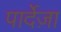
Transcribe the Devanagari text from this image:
पार्देज़ा